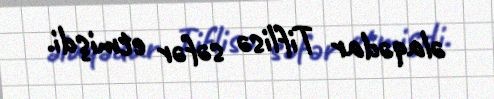
əlaqədar Tiflisə səfər etmişdi.